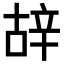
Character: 𨐒